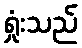
ရှုံးသည်